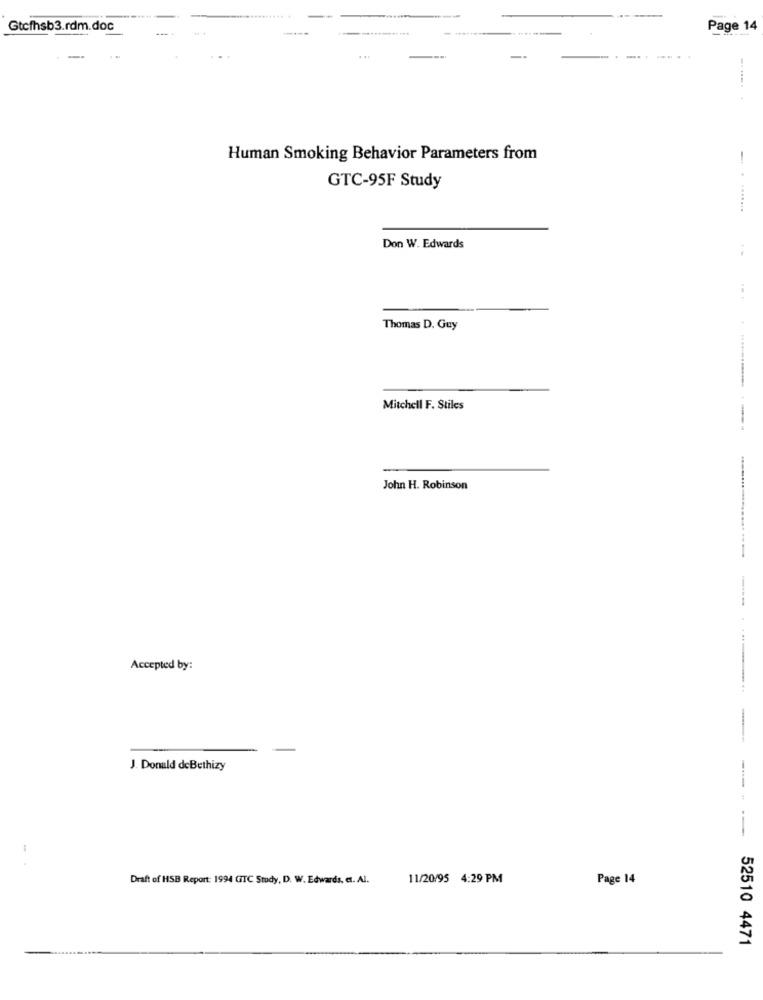
Gtcfhsb3.rdm.doc
Page 14
-
-.... .
Human Smoking Behavior Parameters from
GTC-95F Study
Don W. Edwards
Thomas D. Guy
Mitchell F. Stiles
John H. Robinson
Accepted by:
--
J. Donald deBethizy
---
--
1
Draft of HSB Report: 1994 GTC Study, D. W. Edwards, et. Al.
11/20/95 4:29 PM
Page 14
52510 4471